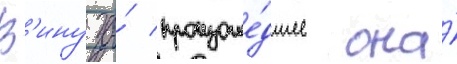
В'ину за́ произоше́дшее она́